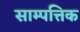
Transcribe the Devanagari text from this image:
साम्पत्तिक